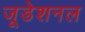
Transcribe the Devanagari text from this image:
जूडेशनल